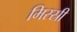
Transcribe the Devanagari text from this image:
मिस्स्री